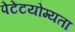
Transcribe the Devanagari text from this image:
पेटेंटयोग्यता